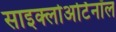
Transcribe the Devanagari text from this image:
साइक्लोअर्टिनॉल